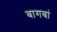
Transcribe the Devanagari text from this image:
बागबां